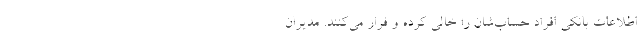
اطلاعات بانکی افراد حساب‌شان را خالی کرده و فرار می‌کنند. مدیران